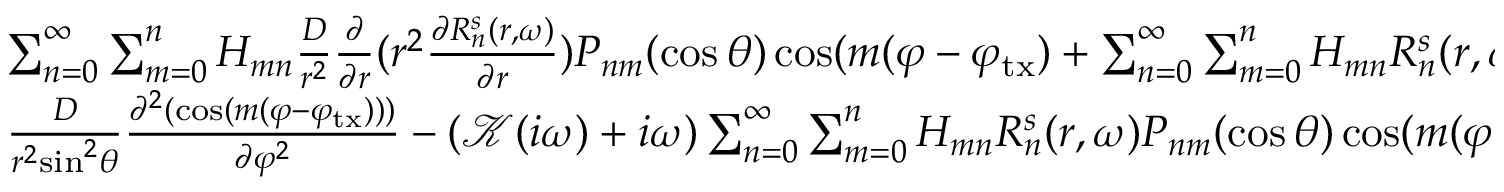
\begin{array} { l } { \sum _ { n = 0 } ^ { \infty } \sum _ { m = 0 } ^ { n } H _ { m n } \frac { D } { { { r ^ { 2 } } } } \frac { \partial } { { \partial r } } ( { r ^ { 2 } } \frac { { \partial R _ { n } ^ { s } ( r , \omega ) } } { { \partial r } } ) P _ { n m } ( \cos \theta ) \cos ( m ( \varphi - \varphi _ { \mathrm { t x } } ) + \sum _ { n = 0 } ^ { \infty } \sum _ { m = 0 } ^ { n } H _ { m n } R _ { n } ^ { s } ( r , \omega ) \frac { D } { { { r ^ { 2 } } \sin \theta } } \frac { \partial } { { \partial \theta } } ( \sin \theta \frac { { \partial P _ { n m } ( \cos \theta ) } } { { \partial \theta } } ) + } \\ { \frac { D } { { { r ^ { 2 } } { { \sin } ^ { 2 } } \theta } } \frac { { { \partial ^ { 2 } } ( \cos ( m ( \varphi - \varphi _ { \mathrm { t x } } ) ) ) } } { { \partial { \varphi ^ { 2 } } } } - ( \mathcal K ( i \omega ) + { i \omega } ) \sum _ { n = 0 } ^ { \infty } \sum _ { m = 0 } ^ { n } H _ { m n } R _ { n } ^ { s } ( r , \omega ) P _ { n m } ( \cos \theta ) \cos ( m ( \varphi - \varphi _ { \mathrm { t x } } ) ) = 0 . } \end{array}